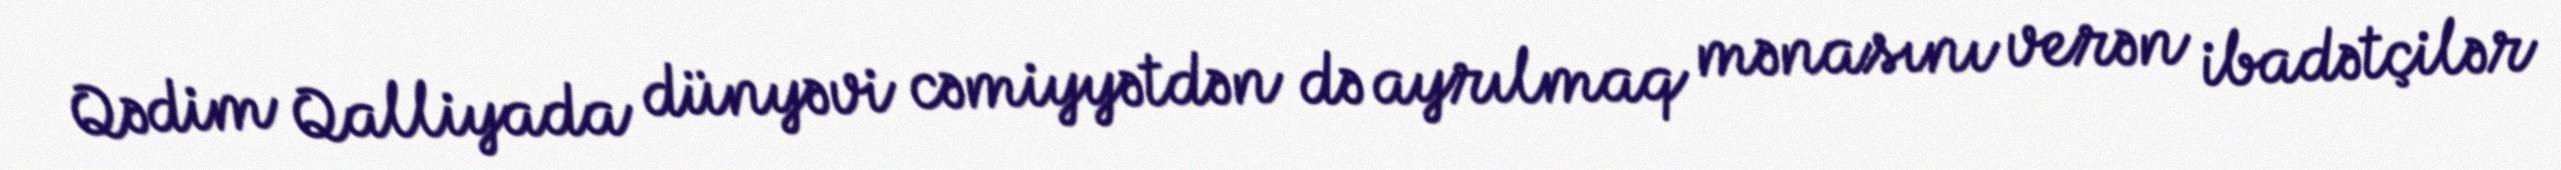
Qədim Qalliyada dünyəvi cəmiyyətdən də ayrılmaq mənasını verən ibadətçilər